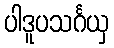
ပါဒူပသင်္ဂယှ